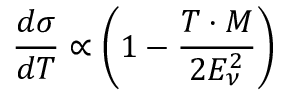
\frac { d \sigma } { d T } \propto \left( 1 - \frac { T \cdot M } { 2 E _ { \nu } ^ { 2 } } \right)